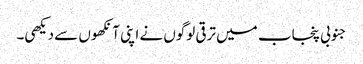
جنوبی پنجاب میں ترقی لوگوں نے اپنی آنکھوں سے دیکھی۔